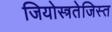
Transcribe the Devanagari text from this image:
जियोस्त्रतेजिस्त